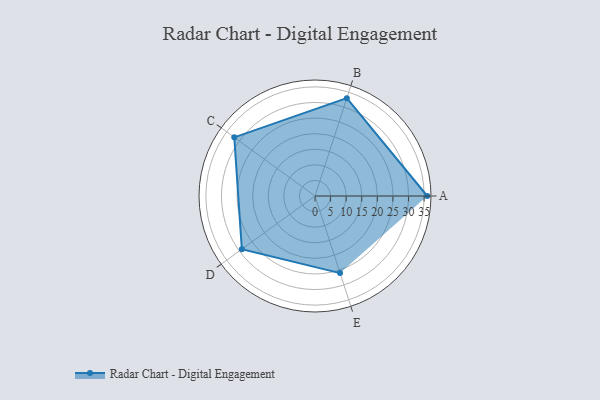
{"axis": {"x": "Skill", "y": "Score"}, "legend": ["Profile"], "data": [{"x": "A", "y": 36.0, "type": "Profile"}, {"x": "B", "y": 33.0, "type": "Profile"}, {"x": "C", "y": 32.0, "type": "Profile"}, {"x": "D", "y": 29.0, "type": "Profile"}, {"x": "E", "y": 26.0, "type": "Profile"}]}